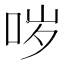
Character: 哕